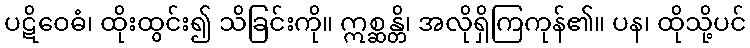
ပဋိဝေဓံ၊ ထိုးထွင်း၍ သိခြင်းကို။ ဣစ္ဆန္တိ၊ အလိုရှိကြကုန်၏။ ပန၊ ထိုသို့ပင်